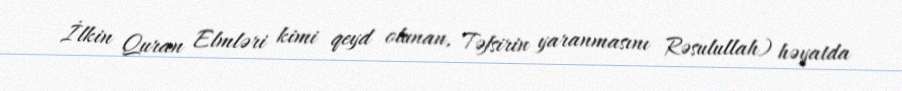
İlkin Quran Elmləri kimi qeyd olunan, Təfsirin yaranmasını Rəsulullah) həyatda